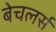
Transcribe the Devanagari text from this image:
बेचलर्स